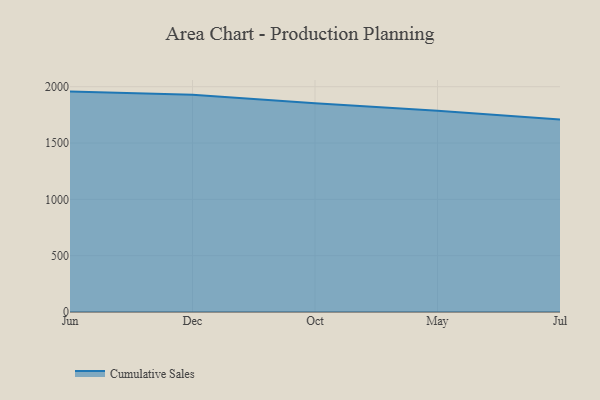
{"axis": {"x": "Month", "y": "Budget (USD K)"}, "legend": ["Cumulative Sales"], "data": [{"x": "Jun", "y": 1956.5, "type": "Cumulative Sales"}, {"x": "Dec", "y": 1929.4, "type": "Cumulative Sales"}, {"x": "Oct", "y": 1853.1, "type": "Cumulative Sales"}, {"x": "May", "y": 1785.7, "type": "Cumulative Sales"}, {"x": "Jul", "y": 1709.8, "type": "Cumulative Sales"}]}